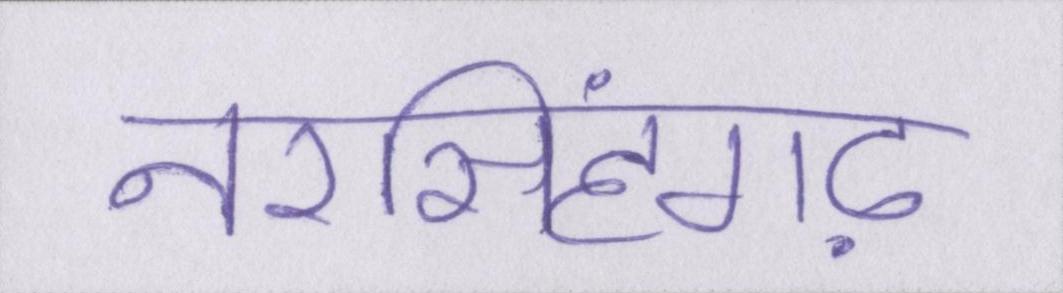
नरसिंहगढ़